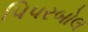
પિપરબોલ